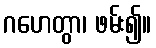
ဂဟေတွာ၊ ဖမ်း၍။